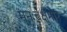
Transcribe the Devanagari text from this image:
मनःचक्षूंमोर